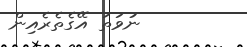
ނުވަތަ އޭގެތެރެއިން